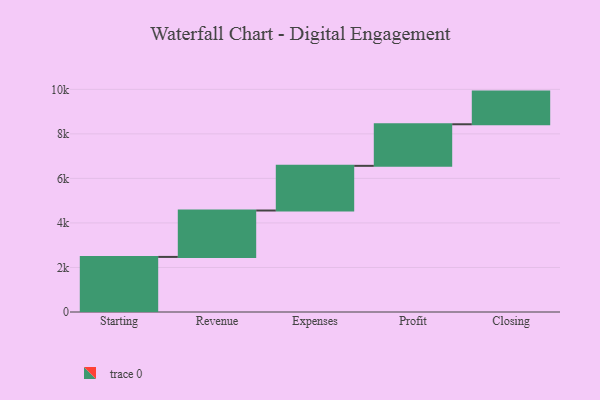
{"axis": {"x": "Step", "y": "Value"}, "legend": [""], "data": [{"x": "Starting", "y": 2474.0, "type": ""}, {"x": "Revenue", "y": 2084.0, "type": ""}, {"x": "Expenses", "y": 2006.0, "type": ""}, {"x": "Profit", "y": 1867.0, "type": ""}, {"x": "Closing", "y": 1467.0, "type": ""}]}